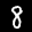
Label: 8